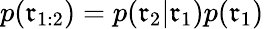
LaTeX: p(\mathfrak{r}_{1:2})=p(\mathfrak{r}_{2}|\mathfrak{r}_{1})p(\mathfrak{r}_{1})